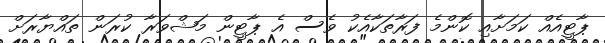
ޕާޓީއެއް ކަމަށާއި ކޮންމެ ފަރާތަކާއެކު ވެސް އެ ޕާޓީން މަޝްވަރާ ކުރަން ތައްޔާރަށް